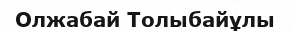
Олжабай Толыбайұлы